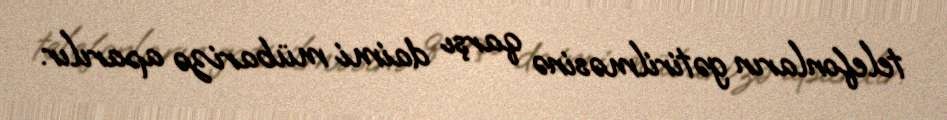
telefonların gətirilməsinə qarşı daimi mübarizə aparılır.